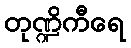
တုဏ္ဍိကီရေ